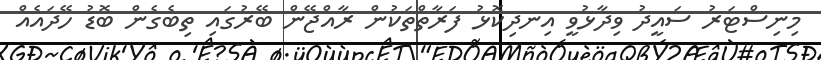
މިނިސްޓަރު ސައީދު ވިދާޅުވީ އިނދިކޮޅު ފަރާތްތަކުން ރާއްޖޭން ބޭރުގައި ތިބެގެން ބޮޑު ހޭދައެއް